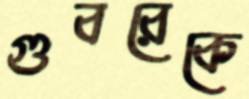
গুবরেকে